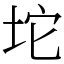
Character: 坨